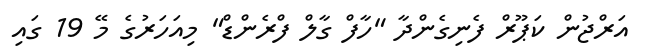
އަރްޖުން ކަޕޫރް ފެނިގެންދާ "ހާފް ގާލް ފްރެންޑް" މިއަހަރުގެ މޭ 19 ގައި